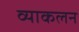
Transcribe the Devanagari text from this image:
व्याकलन